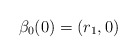
\begin{align*}\beta_0(0)=(r_1,0)\end{align*}